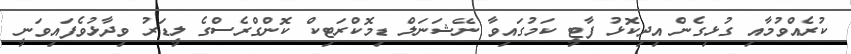
ކުރެއްވުމާއި ގުޅިގެން އިދިކޮޅު ފާޓީ ކަމުގައިވާ ނޭޝަނަލް ޑިމޮކްރަޓިކް ކޮންގްރެސްގެ ލީޑަރު ވިދާޅުވެފައިވަނީ